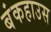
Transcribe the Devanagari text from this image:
बंकहाउस